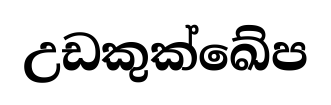
උඩකුක්ඛේප